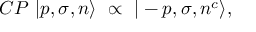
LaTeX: C P \ | p , \sigma , n \rangle \ \propto \ | - p , \sigma , n ^ { c } \rangle ,